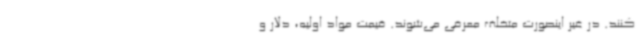
کنند. در غیر اینصورت متخلف معرفی می‌شوند. قیمت مواد اولیه، دلار و